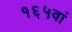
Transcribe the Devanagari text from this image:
१६५वां